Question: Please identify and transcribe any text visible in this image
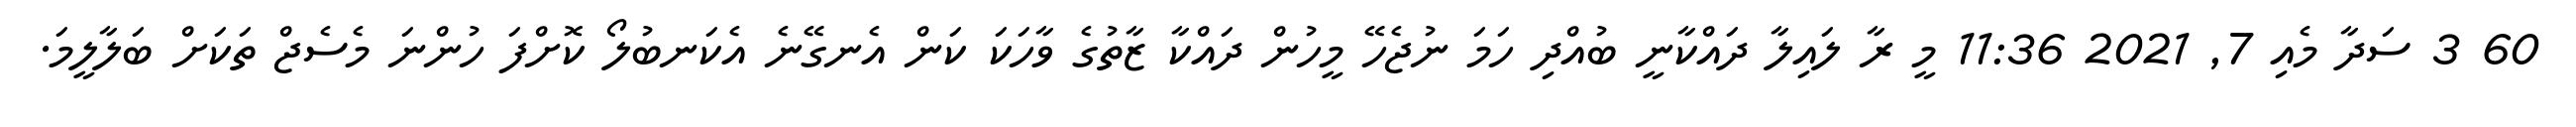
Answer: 60 3 ސަދާ މެއި 7, 2021 11:36 މީ ރާ ލައިލާ ދައްކާނީ ބުއްދި ހަމަ ނުޖެހޭ މީހުން ދައްކާ ޒާތުގެ ވާހަކަ ކަން އެނގޭނެ އެކަނބުލޯ ކޮށްފަ ހުންނަ މެސެޖް ތަކަށް ބަލާލީމަ.